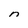
Character: n